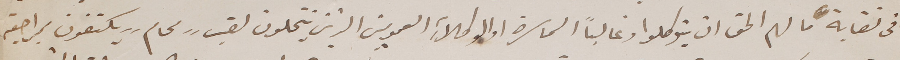
في نقابة ما لهم الحق ان يتوكلوا وغالباً السماسرة او الوكلاءِ العموميين الذين ينتحلون لقب "محام " يكتفون بمراجعة